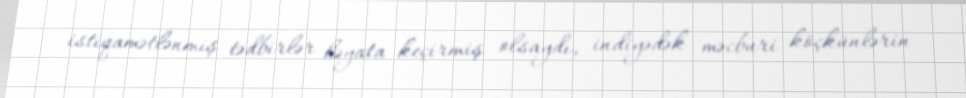
istiqamətlənmiş tədbirlər həyata keçirmiş olsaydı, indiyədək məcburi köçkünlərin